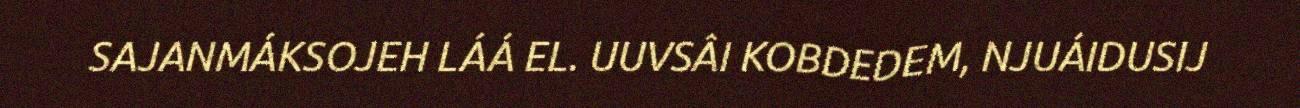
SAJANMÁKSOJEH LÁÁ EL. UUVSÂI KOBDEDEM, NJUÁIDUSIJ